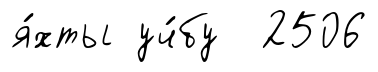
я́хты уч́бу 2506